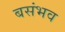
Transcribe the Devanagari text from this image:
बसंभव